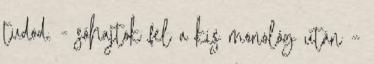
tudod. - sóhajtok fel a kis monológ után –